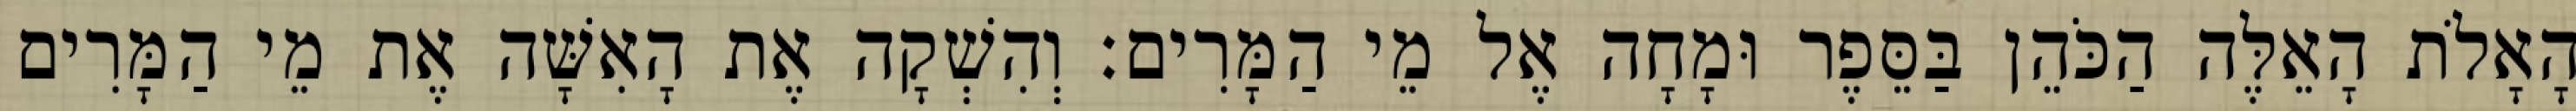
הָאָלֹת הָאֵלֶּה הַכֹּהֵן בַּסֵּפֶר וּמָחָה אֶל מֵי הַמָּרִים׃ וְהִשְׁקָה אֶת הָאִשָּׁה אֶת מֵי הַמָּרִים